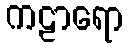
ကဠာရော